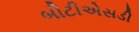
બીટીએસડી